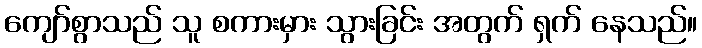
ကျော်စွာသည် သူ စကားမှား သွားခြင်း အတွက် ရှက် နေသည်။